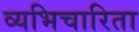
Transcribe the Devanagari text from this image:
व्यभिचारिता